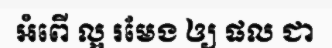
អំពើ ល្អ រមែង ឲ្យ ផល ជា